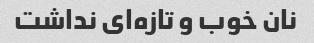
نان خوب و تازه‌ای نداشت